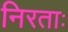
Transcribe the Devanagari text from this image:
निरताः